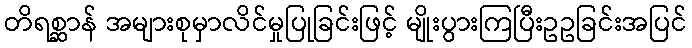
တိရစ္ဆာန် အများစုမှာလိင်မှုပြုခြင်းဖြင့် မျိုးပွားကြပြီးဥဥခြင်းအပြင်